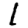
Digit: 1